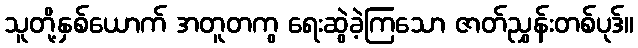
သူတို့နှစ်ယောက် အတူတကွ ရေးဆွဲခဲ့ကြသော ဇာတ်ညွှန်းတစ်ပုဒ်။